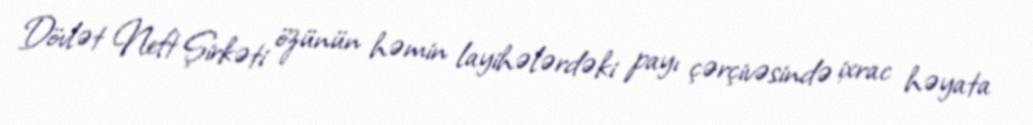
Dövlət Neft Şirkəti özünün həmin layihələrdəki payı çərçivəsində ixrac həyata